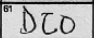
Transcription: DCO